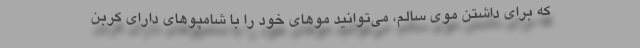
که برای داشتن موی سالم، می‌توانید موهای خود را با شامپوهای دارای کربن